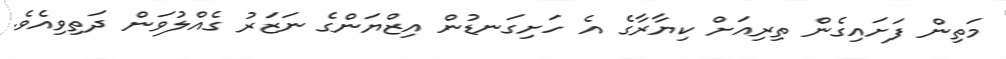
މަތިން ފަށައިގެން ތިރިއަށް ކިޔާރާގެ އެ ހަށިގަނޑުން އިޒްޔަންގެ ނަޒަރު ގެއްލުވަން ދަތިވިއެވެ.